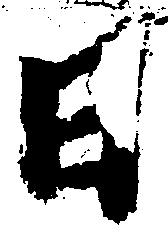
日